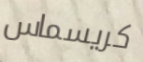
كريسماس